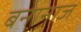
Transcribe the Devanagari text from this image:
बनानाज